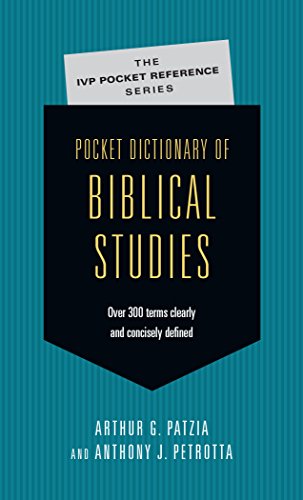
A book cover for Pocket Dictionary of Biblical Studies: Over 300 Terms Clearly  Concisely Defined; Arthur G. Patzia; Christian Books & Bibles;